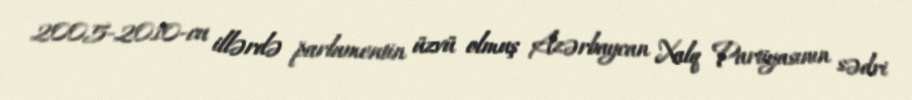
2005-2010-cu illərdə parlamentin üzvü olmuş Azərbaycan Xalq Partiyasının sədri